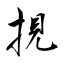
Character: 挸